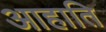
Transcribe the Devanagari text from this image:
आहाति